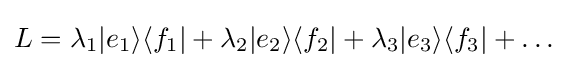
L=\lambda _{1}|e_{1}\rangle \langle f_{1}|+\lambda _{2}|e_{2}\rangle \langle f_{2}|+\lambda _{3}|e_{3}\rangle \langle f_{3}|+\dots